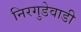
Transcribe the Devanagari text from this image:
निरगुडेवाडी